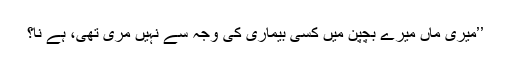
’’میری ماں میرے بچپن میں کسی بیماری کی وجہ سے نہیں مری تھی، ہے نا؟